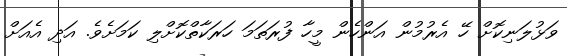
ވަޅުލަނިކޮށް ހޭ އެރުމުން އަންހެން މީހާ ފުރަތަމަ ހަރަކާތްކޮށްލި ކަމަށެވެ. އަދި އެއަށް